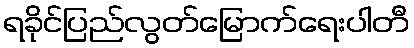
ရခိုင်ပြည်လွတ်မြောက်ရေးပါတီ